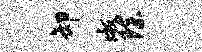
卸淑除